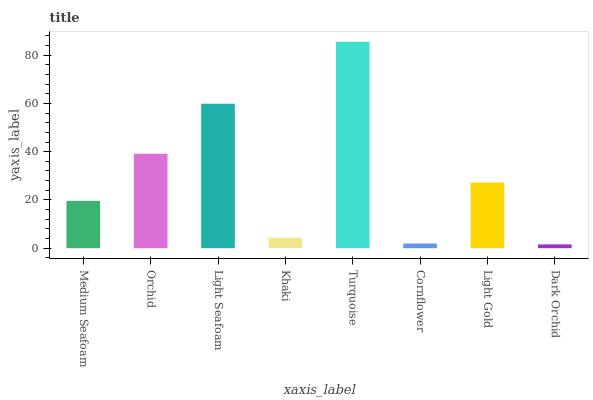
| xaxis_label | bars |
 | --- | --- |
 | Medium Seafoam | 19.6 |
 | Orchid | 39.2 |
 | Light Seafoam | 59.9 |
 | Khaki | 4.35 |
 | Turquoise | 85.5 |
 | Cornflower | 1.95 |
 | Light Gold | 27.2 |
 | Dark Orchid | 1.58 |